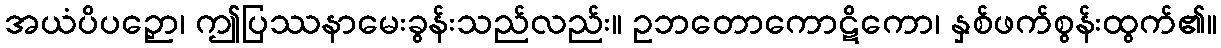
အယံပိပဉှော၊ ဤပြဿနာမေးခွန်းသည်လည်း။ ဥဘတောကောဋိကော၊ နှစ်ဖက်စွန်းထွက်၏။